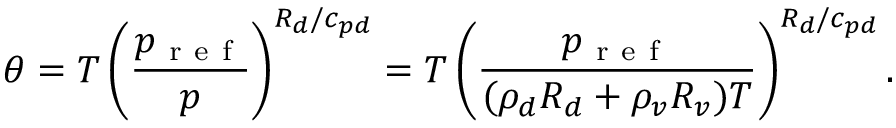
\theta = T \left( \frac { p _ { \mathrm { ~ r ~ e ~ f ~ } } } { p } \right) ^ { R _ { d } / c _ { p d } } = T \left( \frac { p _ { \mathrm { ~ r ~ e ~ f ~ } } } { ( \rho _ { d } R _ { d } + \rho _ { v } R _ { v } ) T } \right) ^ { R _ { d } / c _ { p d } } .